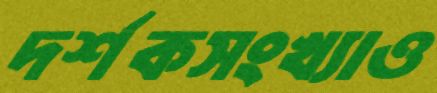
দর্শকসংখ্যাও